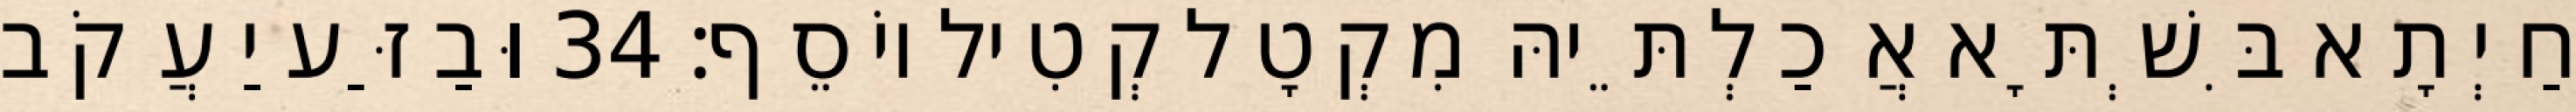
חַיְתָא בִּשְׁתָּא אֲכַלְתֵּיהּ מִקְטָל קְטִיל יוֹסֵף׃ 34 וּבַזַּע יַעֲקֹב